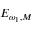
E _ { \omega _ { 1 } , M }